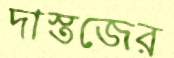
দাস্তজের